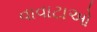
વાવાટાઓ